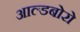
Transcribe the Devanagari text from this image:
आल्डबोरो